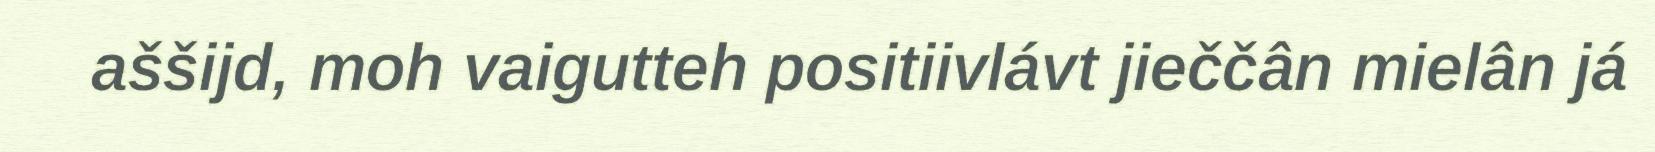
aššijd, moh vaigutteh positiivlávt jieččân mielân já